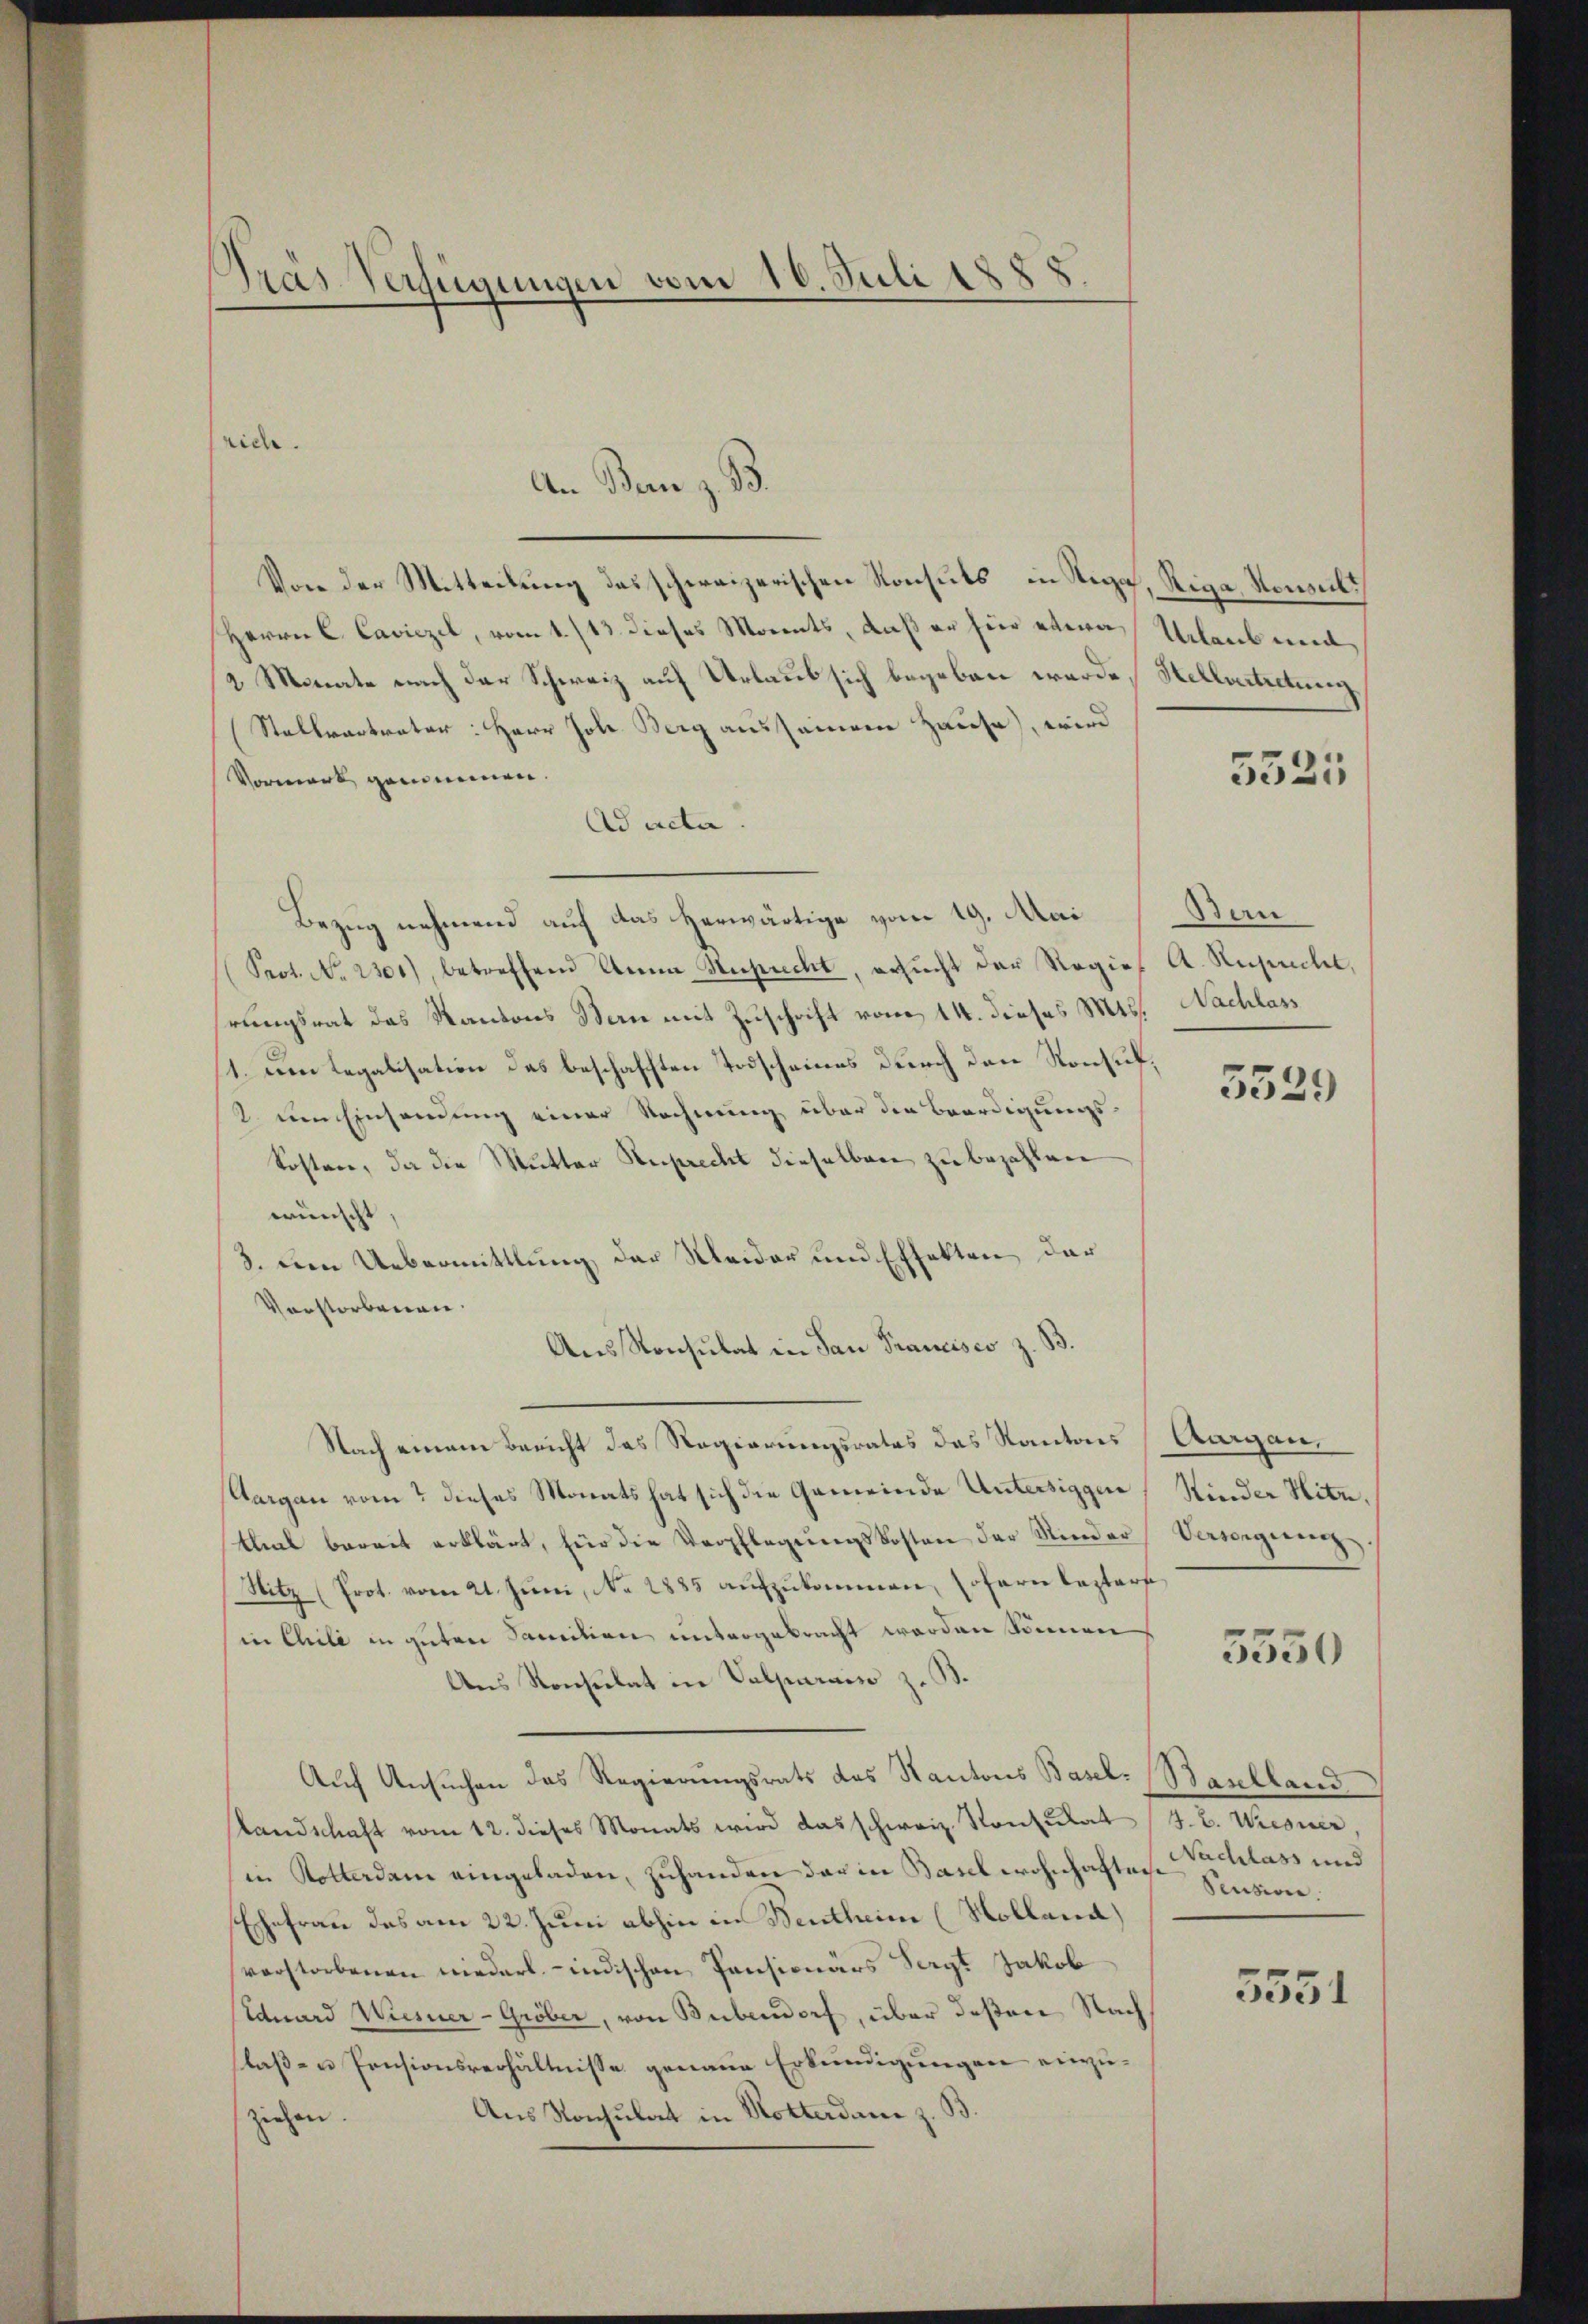
Pras Verfügungen vom 16. Juli 1888

rich.
Von der Mitteilung das schweizerischen Konsuls in Regal, Riga, Konsult
Herrn C. Caviezel, vom 1. /13 dieses Morents, daß er hier etwa Urlaubwei
2 Monate nach der Schweiz auf Urlaub sich begeben werde, Hellvertretung,
Stallvartvater: Herr Joh. Berg aussammene Hause, wird
Vormerk genommen.
Ad acta
Bezug nehmend auf das herwärtige vom 19. Mai Stan¬
Prot. No. 2301), betreffend Anna Suprecht, ersucht der Regies A. Risicht,
rungsrat das Kantons Stern mit Zuschrift vom 14. dieses Mts.
1. um Legalisation des beschafften Todscheines durch den Konsul¬
2. um Einsamung einer Rechnung über die Beerdigungs¬
Kosten, da die Mutter Ruprecht dieselben zu bezahlen
wünscht,
3. Den Uebermittlung der Meider und Effekten der
Verstorbenen.
Aus Konsulat in San Francisco z. B.
Nach einem Bericht des Regierungsrates das Kantons (Aargau¬
Aargau vom 2 dieses Monats hat sich die Gemeinde Untersiggen Kinder Hitz,
thal bereit erklärt, für die Verpflegŭngskosten der Rinder Verwegerenz
Sitz (Prot. vom 21. Jŭni, No 2885 aŭfzŭkommen, sofern lezter
in Chili in guten Sanition untergebracht worden können
Ans Konsulat in Valparaiso z. B.
Auf Ansuchen das Regierungsrats des Kantons Basel- (Baselland
Landschaft vom 12. dieses Monats wird das schweiz. Konsulat (z. B. Wiesner,
in Rotterdam eingeladen, zuhanden der in Basel wohnhaften Schlass und
Ehefrau das am 22. Juni abhin in Bentheim (Holland)
verstorbenen niederl. -indischen Pensionärs Sergt Jakob
Siduard Wiesner-Gröber, von Bubendorf, über deßen Nachlaß- u Pensionsverhältnisse genaue Erkundigungen einzu¬
Aus Konsulat in Notterdame z. B
ziehen.

An Bern z. B.

5521

Nachlass

5529

3350

Pension.

5551